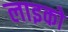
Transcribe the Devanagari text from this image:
लाइको